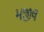
મજીલ